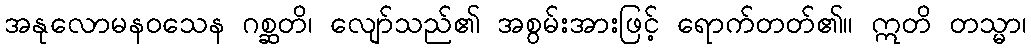
အနုလောမနဝသေန ဂစ္ဆတိ၊ လျော်သည်၏ အစွမ်းအားဖြင့် ရောက်တတ်၏။ ဣတိ တသ္မာ၊